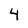
Character: 4